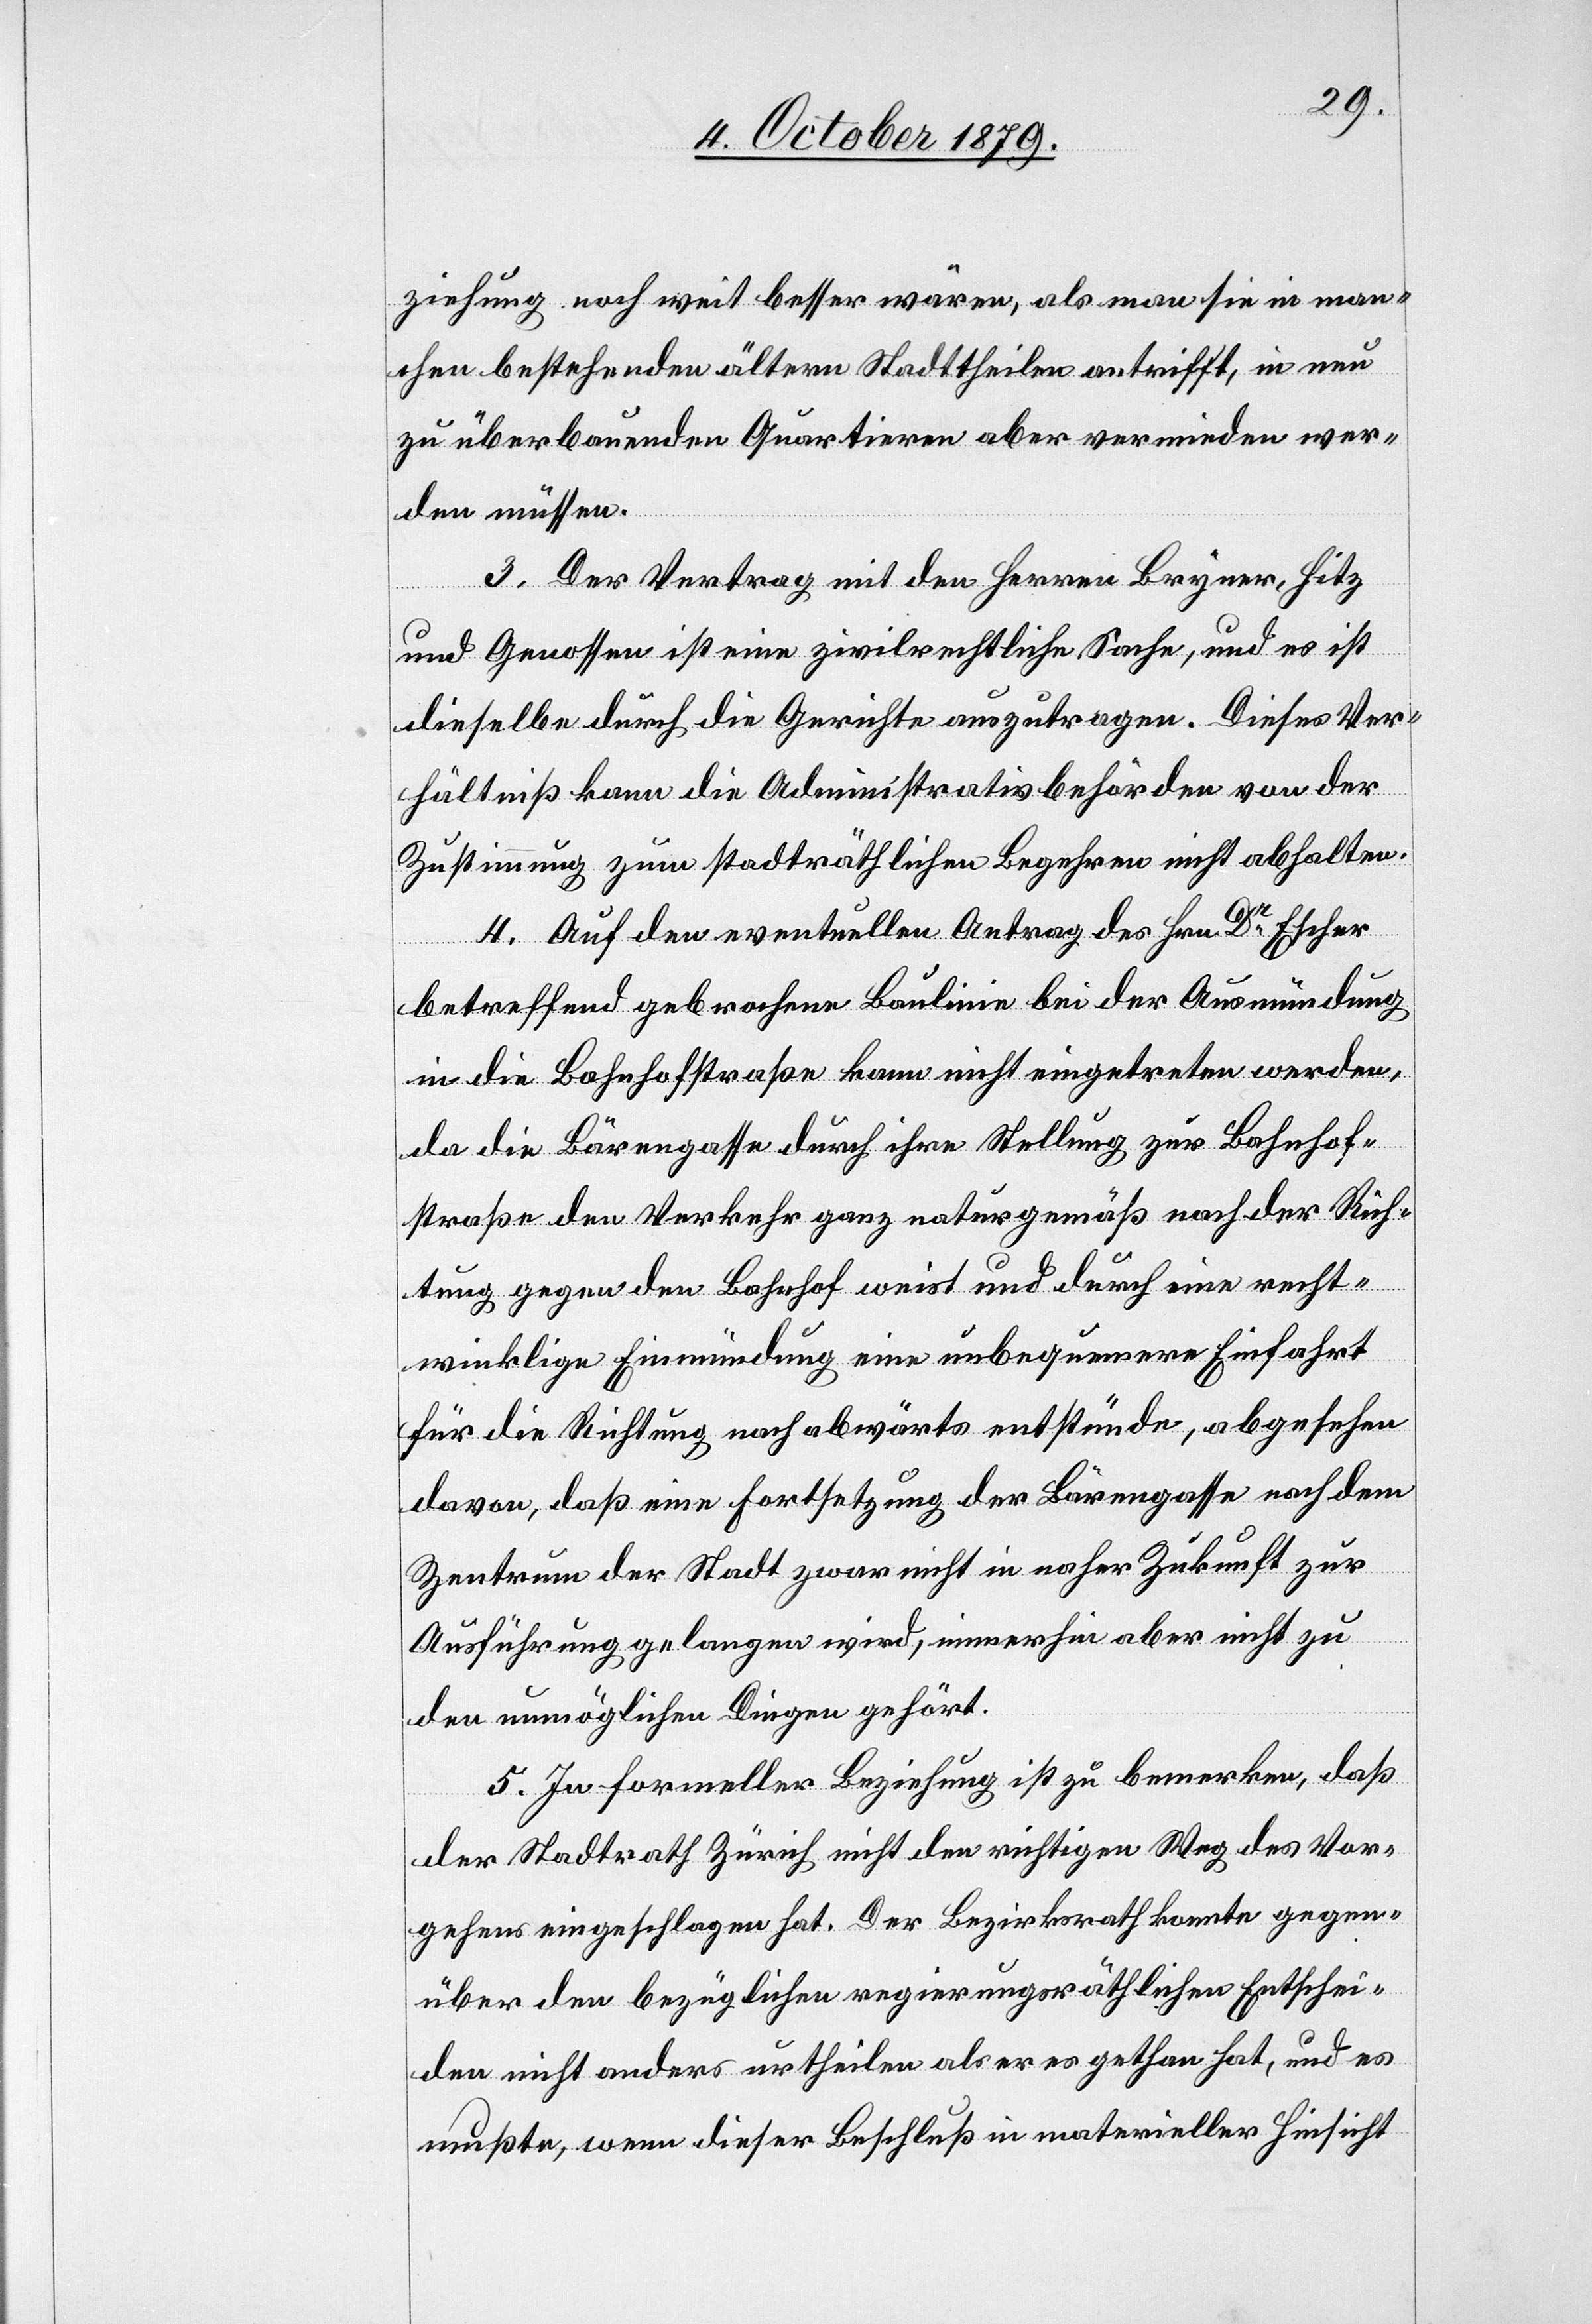
ziehung doch weit besser wären, als man sie in man¬
chen bestehenden ältern Stadttheilen antrifft, in neu
zu überbauenden Quartieren aber vermieden wer¬
den müssen.
3. Der Vertrag mit den Herren Bryner, Hitz
und Genossen ist eine zivilrechtliche Sache, und es ist
dieselbe durch die Gerichte auszutragen. Dieses Ver¬
hältniß kann die Administrativbehörden von der
Zustimmung zum stadträthlichen Begehren nicht abhalten.
4. Auf den eventuellen Antrag des Hrn. Dr Escher
betreffend gebrochene Baulinie bei der Ausmündung
in die Bahnhofstraße kann nicht eingetreten werden,
da die Bärengasse durch ihre Stellung zur Bahnhof¬
strasse den Verkehr ganz naturgemäß nach der Rich¬
tung gegen den Bahnhof weist und durch eine recht¬
winklige Einmündung eine unbequemere Einfahrt
für die Richtung nach abwärts entstünde, abgesehen
davon, daß eine Fortsetzung der Bärengasse nach dem
Zentrum der Stadt zwar nicht in naher Zukunft zur
Ausführung gelangen wird, immerhin aber nicht zu
den unmöglichen Dingen gehört.
5. In formeller Beziehung ist zu bemerken, daß
der Stadtrath Zürich nicht den richtigen Weg des Vor¬
gehens eingeschlagen hat. Der Bezirksrath konnte gegen¬
über den bezüglichen regierungsräthlichen Entschei¬
den nicht anders urtheilen als er es gethan hat, und es
mußte, wenn dieser Beschluß in materieller Hinsicht